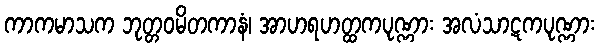
ကာကမာသက ဘုတ္တဝမိတကာနံ၊ အာဟရဟတ္ထကပုဏ္ဏား အလံသာဋကပုဏ္ဏား